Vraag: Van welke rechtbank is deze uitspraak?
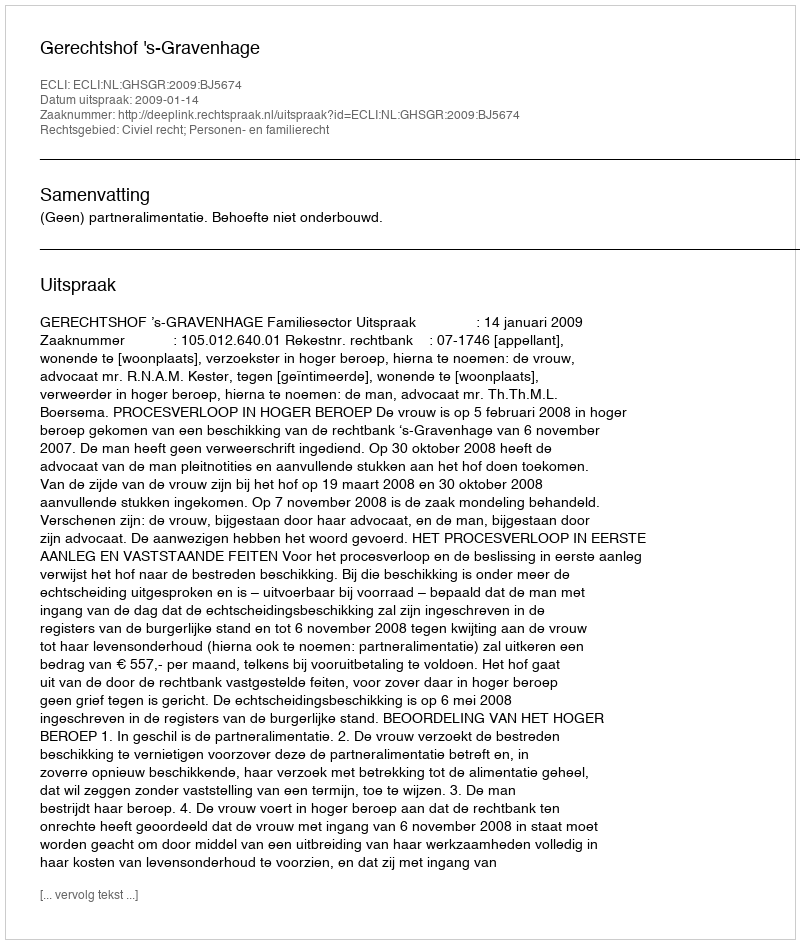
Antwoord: Gerechtshof 's-Gravenhage